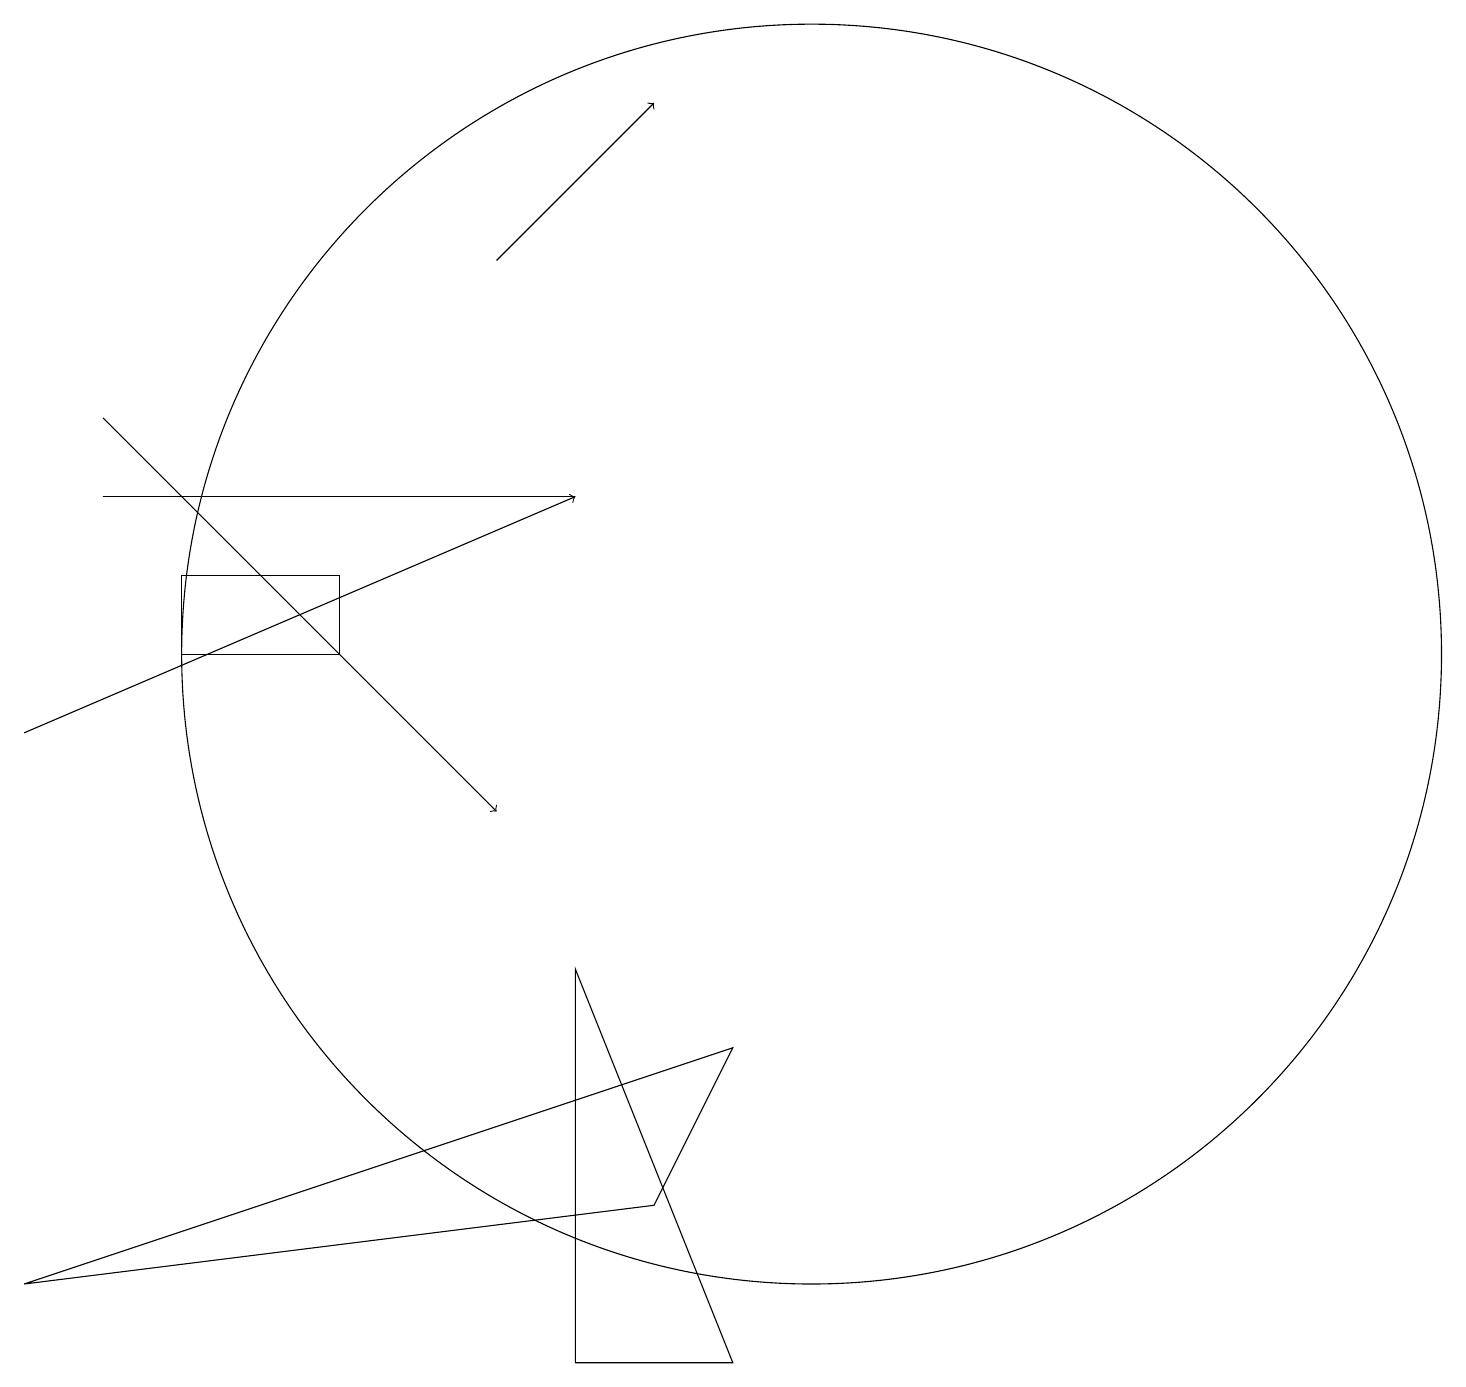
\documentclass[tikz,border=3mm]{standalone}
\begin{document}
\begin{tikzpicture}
\draw[->] (1,15) -- (6,10);
\draw (7,3) -- (9,3) -- (7,8) -- cycle;
\draw (1,14) rectangle (7,14);
\draw (8,5) -- (9,7) -- (0,4) -- cycle;
\draw (10,12) circle (8);
\draw[->] (6,17) -- (8,19);
\draw[->] (0,11) -- (7,14);
\draw (4,12) rectangle (2,13);
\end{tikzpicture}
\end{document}